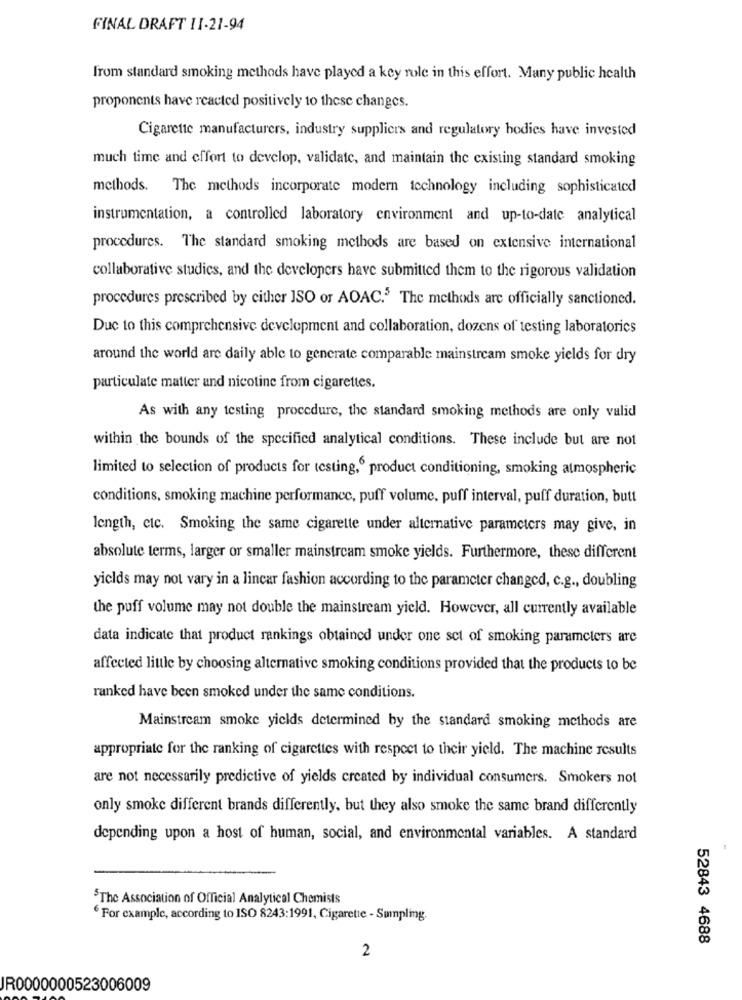
FINAL DRAFT 11-21-94
from standard smoking methods have played a key role in this effort. Many public health
proponents have reacted positively to these changes.
Cigarette manufacturers, industry suppliers and regulatory bodies have invested
much time and effort to develop, validate, and maintain the existing standard smoking
methods. The methods incorporate modern technology including sophisticated
instrumentation, a controlled laboratory environment and up-to-date analytical
procedures. The standard smoking methods are based on extensive international
collaborative studies, and the developers have submitted them to the rigorous validation
procedures prescribed by either JSO or AOAC.5 The methods are officially sanctioned.
Due to this comprehensive development and collaboration, dozens of testing laboratorics
around the world are daily able to generate comparable mainstream smoke yields for dry
particulate matter and nicotine from cigarettes.
As with any testing procedure, the standard smoking methods are only valid
within the bounds of the specified analytical conditions. These include but are not
limited to selection of products for testing, product conditioning, smoking atmospheric
conditions, smoking machine performance, puff volume, puff interval, puff duration, butt
length, etc. Smoking the same cigarette under alternative parameters may give, in
absolute terms, larger or smaller mainstream smoke yields. Furthermore, these different
yields may not vary in a lincar fashion according to the parameter changed, c.g ., doubling
the puff volume may not double the mainstream yield. However, all currently available
data indicate that product rankings obtained under one set of smoking parameters are
affected little by choosing alternative smoking conditions provided that the products to be
ranked have been smoked under the same conditions.
Mainstream smoke yields determined by the standard smoking methods are
appropriate for the ranking of cigarettes with respect to their yield. The machine results
are not necessarily predictive of yields created by individual consumers. Smokers not
only smoke different brands differently, but they also smoke the same brand differently
depending upon a host of human, social, and environmental variables. A standard
$The Association of Official Analytical Chemists
For example, according to ISO 8243:1991, Cigarette - Sunplig.
52843 4688
2
JR0000000523006009